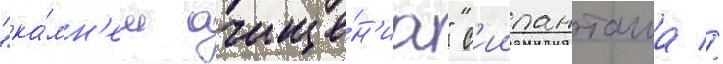
"ка́мн'ем очище́н'иа" с'иипанташа //